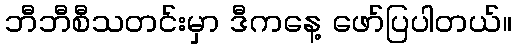
ဘီဘီစီသတင်းမှာ ဒီကနေ့ ဖော်ပြပါတယ်။